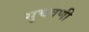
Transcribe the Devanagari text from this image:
सुचवणी